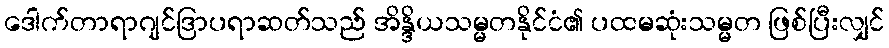
ဒေါက်တာရာဂျင်ဒြာပရာဆတ်သည် အိန္ဒိယသမ္မတနိုင်ငံ၏ ပထမဆုံးသမ္မတ ဖြစ်ပြီးလျှင်